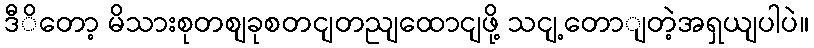
ဒီိတော့ မိသားစုတစျခုစတငျတညျထောငျဖို့ သငျ့တောျတဲ့အရှယျပါပဲ။